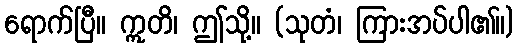
ရောက်ပြီ။ ဣတိ၊ ဤသို့။ (သုတံ၊ ကြားအပ်ပါ၏။)